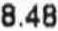
8.48